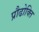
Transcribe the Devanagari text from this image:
प्रौढोक्ति